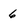
Character: 6